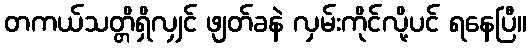
တကယ်သတ္တိရှိလျှင် ဖျတ်ခနဲ လှမ်းကိုင်လို့ပင် ရနေပြီ။